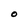
Character: O